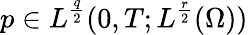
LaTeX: p\in L^{\frac{q}{2}}(0,T;L^{\frac{r}{2}}(\Omega))